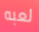
لعبه